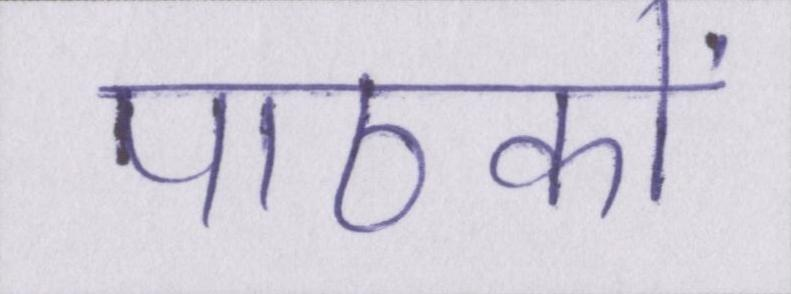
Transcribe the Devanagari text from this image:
पाठकों